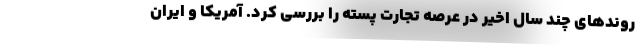
روندهای چند سال اخیر در عرصه تجارت پسته را بررسی کرد. آمریکا و ایران